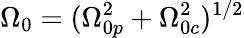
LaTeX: \Omega_{0}=(\Omega_{0p}^{2}+\Omega_{0c}^{2})^{1/2}